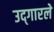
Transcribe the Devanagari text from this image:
उद्‍गारले